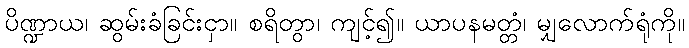
ပိဏ္ဍာယ၊ ဆွမ်းခံခြင်းငှာ။ စရိတွာ၊ ကျင့်၍။ ယာပနမတ္တံ၊ မျှလောက်ရုံကို။